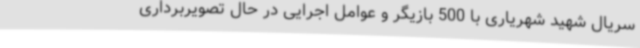
سریال شهید شهریاری با 500 بازیگر و عوامل اجرایی در حال تصویربرداری